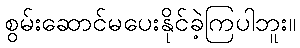
စွမ်းဆောင်မပေးနိုင်ခဲ့ကြပါဘူး။